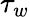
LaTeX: \tau_{w}